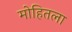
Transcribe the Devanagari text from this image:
मोहितला